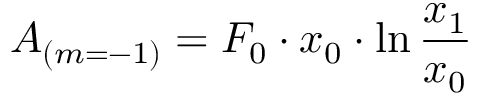
A _ { ( m = - 1 ) } = F _ { 0 } \cdot x _ { 0 } \cdot \ln { \frac { x _ { 1 } } { x _ { 0 } } }